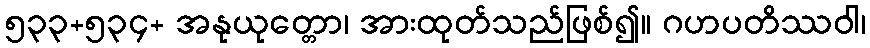
၅၃၃+၅၃၄+ အနုယုတ္တော၊ အားထုတ်သည်ဖြစ်၍။ ဂဟပတိဿဝါ၊